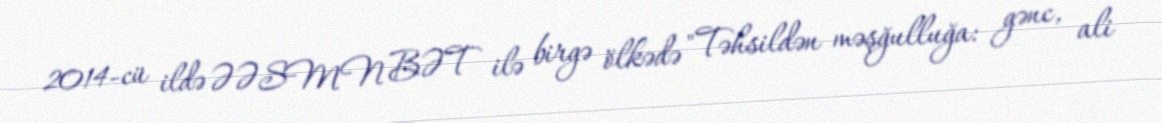
2014-cü ildə ƏƏSMN BƏT ilə birgə ölkədə "Təhsildən məşğulluğa: gənc, ali